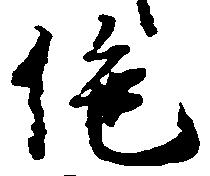
絶